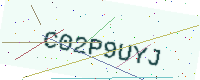
Text: C02P9UYJ